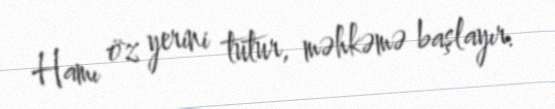
Hamı öz yerini tutur, məhkəmə başlayır.